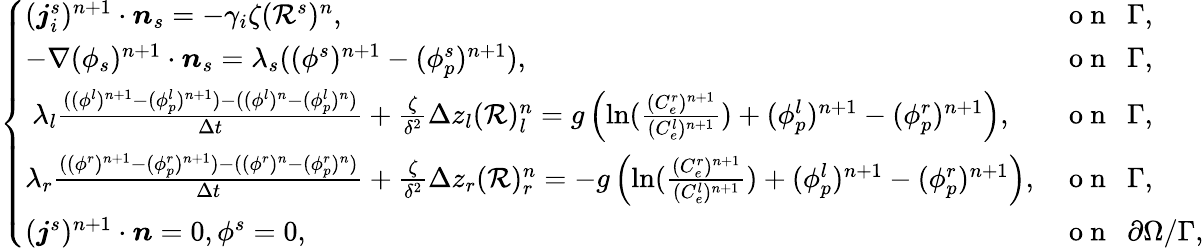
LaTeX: \left\{ \begin{array}{ll}{(\boldsymbol{j}_{i}^{s})^{n+1}\cdot\boldsymbol{n}_{s}=-\gamma_{i}\zeta(\mathcal{R}^{s})^{n},}&{\mathrm{~o~n~~~}\Gamma,}\\ {-\nabla(\phi_{s})^{n+1}\cdot\boldsymbol{n}_{s}=\lambda_{s}((\phi^{s})^{n+1}-(\phi_{p}^{s})^{n+1}),}&{\mathrm{~o~n~~~}\Gamma,}\\ {~\lambda_{l}\frac{((\phi^{l})^{n+1}-(\phi_{p}^{l})^{n+1})-((\phi^{l})^{n}-(\phi_{p}^{l})^{n})}{\Delta t}+\frac{\zeta}{\delta^{2}}\Delta z_{l}(\mathcal{R})_{l}^{n}=g\left(\ln(\frac{(C_{e}^{r})^{n+1}}{(C_{e}^{l})^{n+1}})+(\phi_{p}^{l})^{n+1}-(\phi_{p}^{r})^{n+1}\right),}&{\mathrm{~o~n~~~}\Gamma,}\\ {\lambda_{r}\frac{((\phi^{r})^{n+1}-(\phi_{p}^{r})^{n+1})-((\phi^{r})^{n}-(\phi_{p}^{r})^{n})}{\Delta t}+\frac{\zeta}{\delta^{2}}\Delta z_{r}(\mathcal{R})_{r}^{n}=-g\left(\ln(\frac{(C_{e}^{r})^{n+1}}{(C_{e}^{l})^{n+1}})+(\phi_{p}^{l})^{n+1}-(\phi_{p}^{r})^{n+1}\right),}&{\mathrm{~o~n~~~}\Gamma,}\\ {(\boldsymbol{j}^{s})^{n+1}\cdot\boldsymbol{n}=0,\phi^{s}=0,}&{\mathrm{~o~n~~~}\partial\Omega/\Gamma,}\end{array}\right.